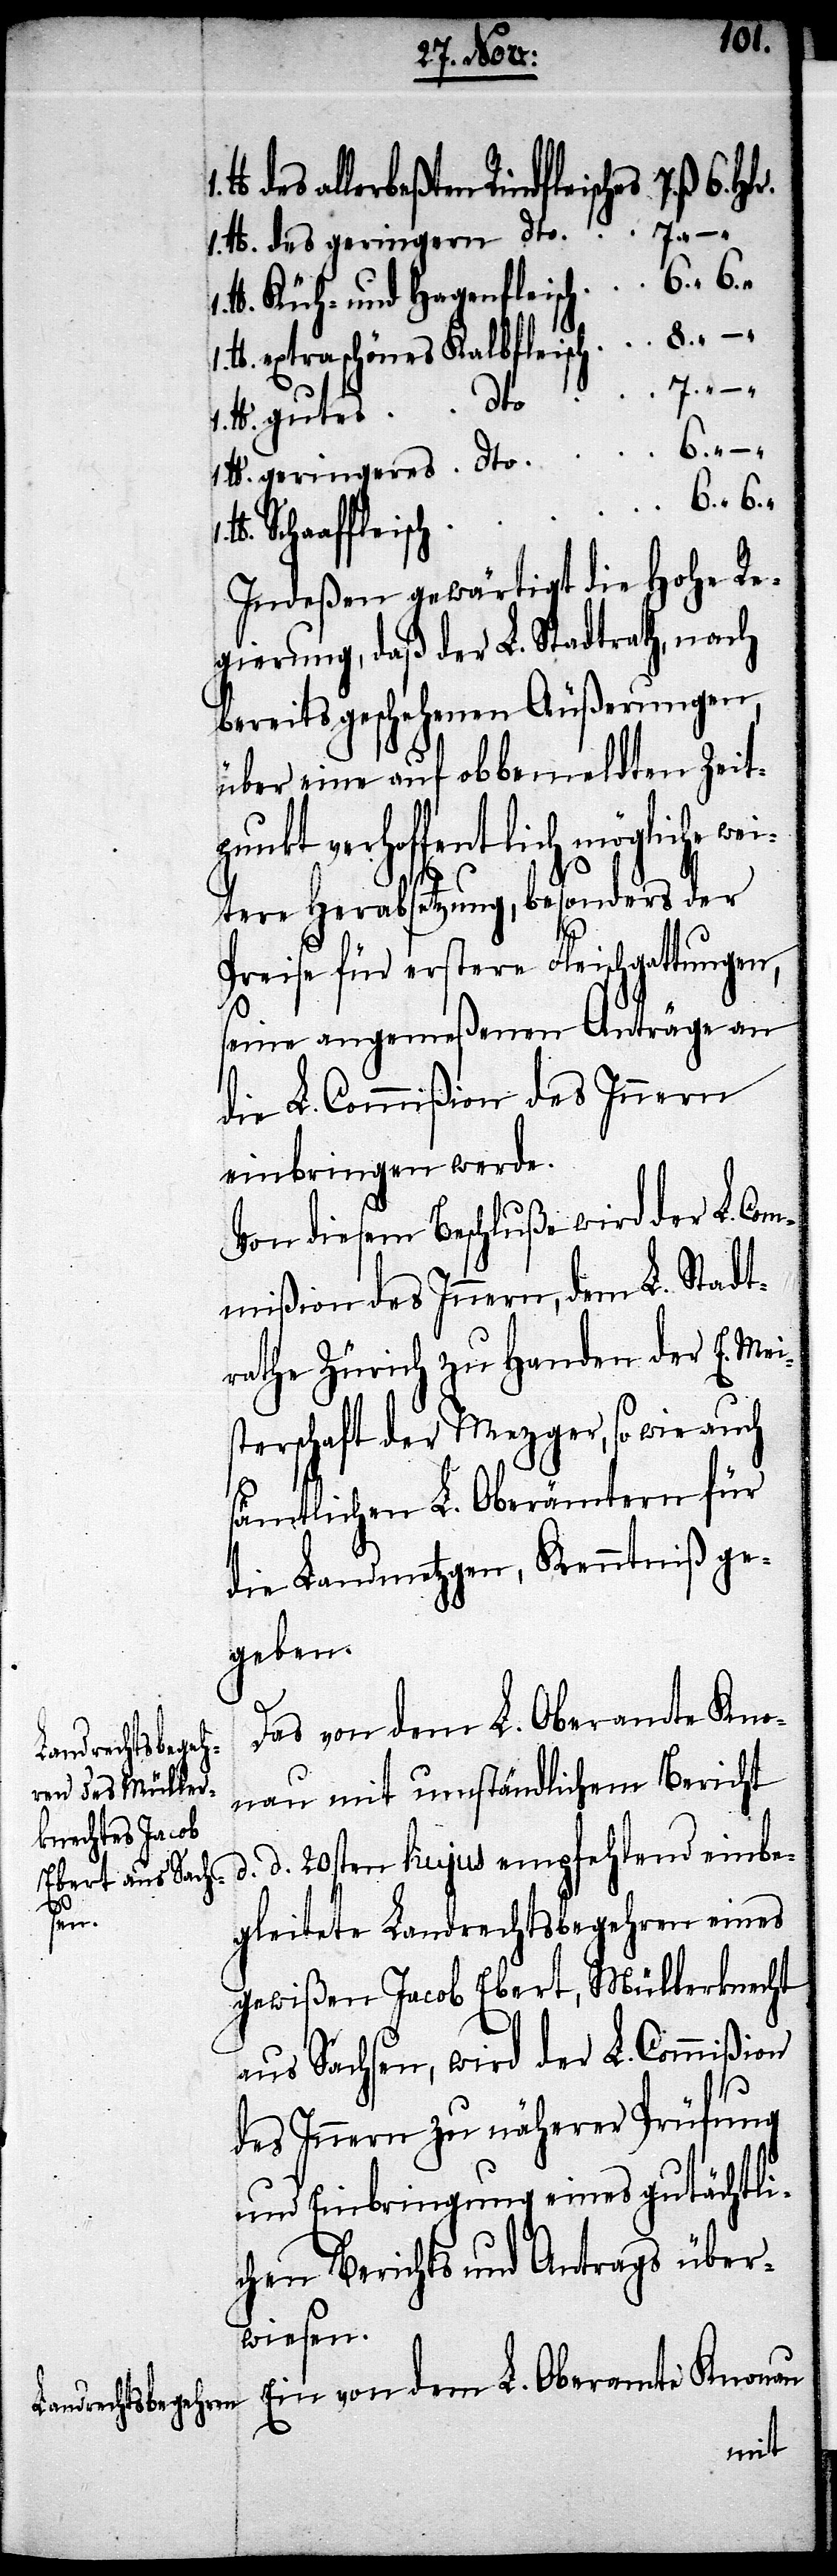
allerbeßten Rindfleisches 	7. ß.
lb. des geringen dto.
lb. Küh- und Hagenfleisch 	6. “ 6.
lb. extraschönes Kalbfleisch 	8. “ – “
lb. gutes dto
lb. geringeres dto	6. “ – “
6. Hlr.
6.
Indeßen gewärtigt die Hohe Re¬
gierung, daß der L. Stadtrath, nach
bereits geschehenen Äußerungen,
über eine auf obbemeldten Zeit¬
punkt verhoffentlich mögliche we¬
itere Herabsetzung, besonders der
Preise für erstere Fleischgattungen,
seine angemeßenen Anträge an
die L. Commißion des Innern
einbringen werde .
Von diesem Beschluße wird der L. Com¬
mißion des Innern, dem Stadt¬
rathe Zürich zu Handen der E. Mei¬
sterschaft der Mezger, so wie auch
sämtlichen L. Oberämtern für
die Landmetzger, Kenntniß ge¬
geben.
Das von dem L. Oberamte Kno¬
nau mit umständlichem Bericht
d.d. 20sten hujus empfehlend einbe¬
gleitete Landrechtsbegehren eines
gewißen Jacob Ebert, Müllerknecht
aus Sachsen, wird der L. Commißion
des Innern zu näherer Prüfung
und Einbringung eines gutächtli¬
chen Berichts und Antrags über¬
wiesen.
Ein von dem L. Oberamte Knonau